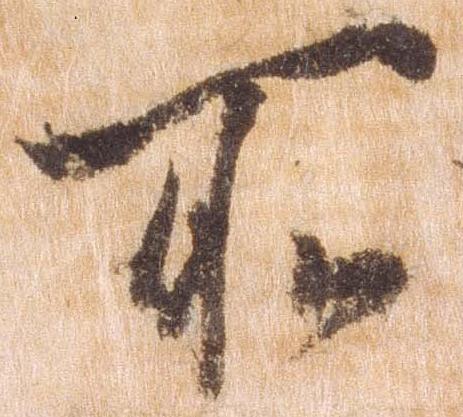
所